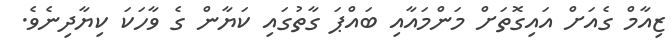
ޒިއާމް ގެއަށް އައިގޮތަށް މަންމައާއި ބައްޕަ ގާތުގައި ކަޔާން ގެ ވާހަކަ ކިޔާދިނެވެ.